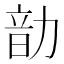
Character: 𪟠